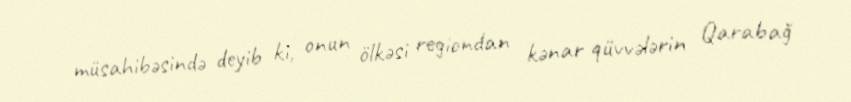
müsahibəsində deyib ki, onun ölkəsi regiondan kənar qüvvələrin Qarabağ